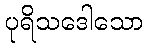
ပုရိသဒေါသော